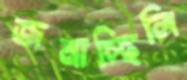
জমাচ্ছিলি